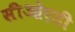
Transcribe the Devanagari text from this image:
सीओएडी